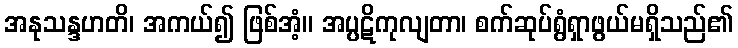
အနုသန္ဒဟတိ၊ အကယ်၍ ဖြစ်အံ့။ အပ္ပဋိကုလျတာ၊ စက်ဆုပ်ရွံရှာဖွယ်မရှိသည်၏